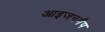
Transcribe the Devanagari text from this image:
आइजनगैप